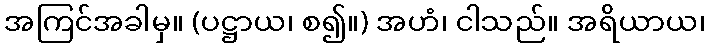
အကြင်အခါမှ။ (ပဋ္ဌာယ၊ စ၍။) အဟံ၊ ငါသည်။ အရိယာယ၊